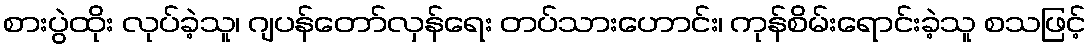
စားပွဲထိုး လုပ်ခဲ့သူ၊ ဂျပန်တော်လှန်ရေး တပ်သားဟောင်း၊ ကုန်စိမ်းရောင်းခဲ့သူ စသဖြင့်